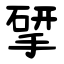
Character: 揅